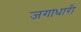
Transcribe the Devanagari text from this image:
जगाधारी